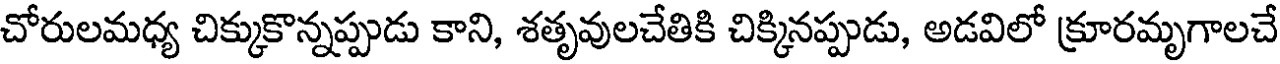
చోరులమధ్య చిక్కుకొన్నప్పుడు కాని, శతృవులచేతికి చిక్కినప్పుడు, అడవిలో క్రూరమృగాలచే